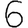
Digit: 6